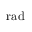
\mathrm { r a d }